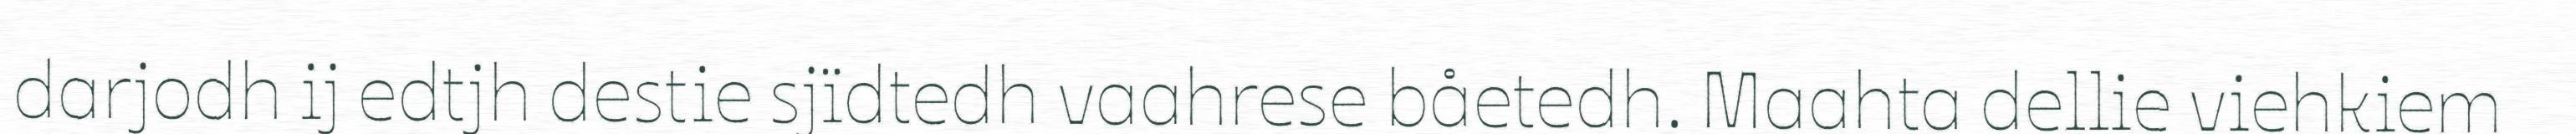
darjodh ij edtjh destie sjïdtedh vaahrese båetedh. Maahta dellie viehkiem